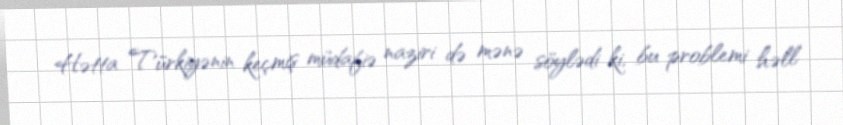
Hətta Türkiyənin keçmiş müdafiə naziri də mənə söylədi ki, bu problemi həll